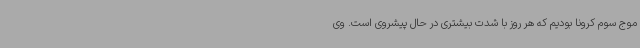
موج سوم کرونا بودیم که هر روز با شدت بیشتری در حال پیشروی است. وی